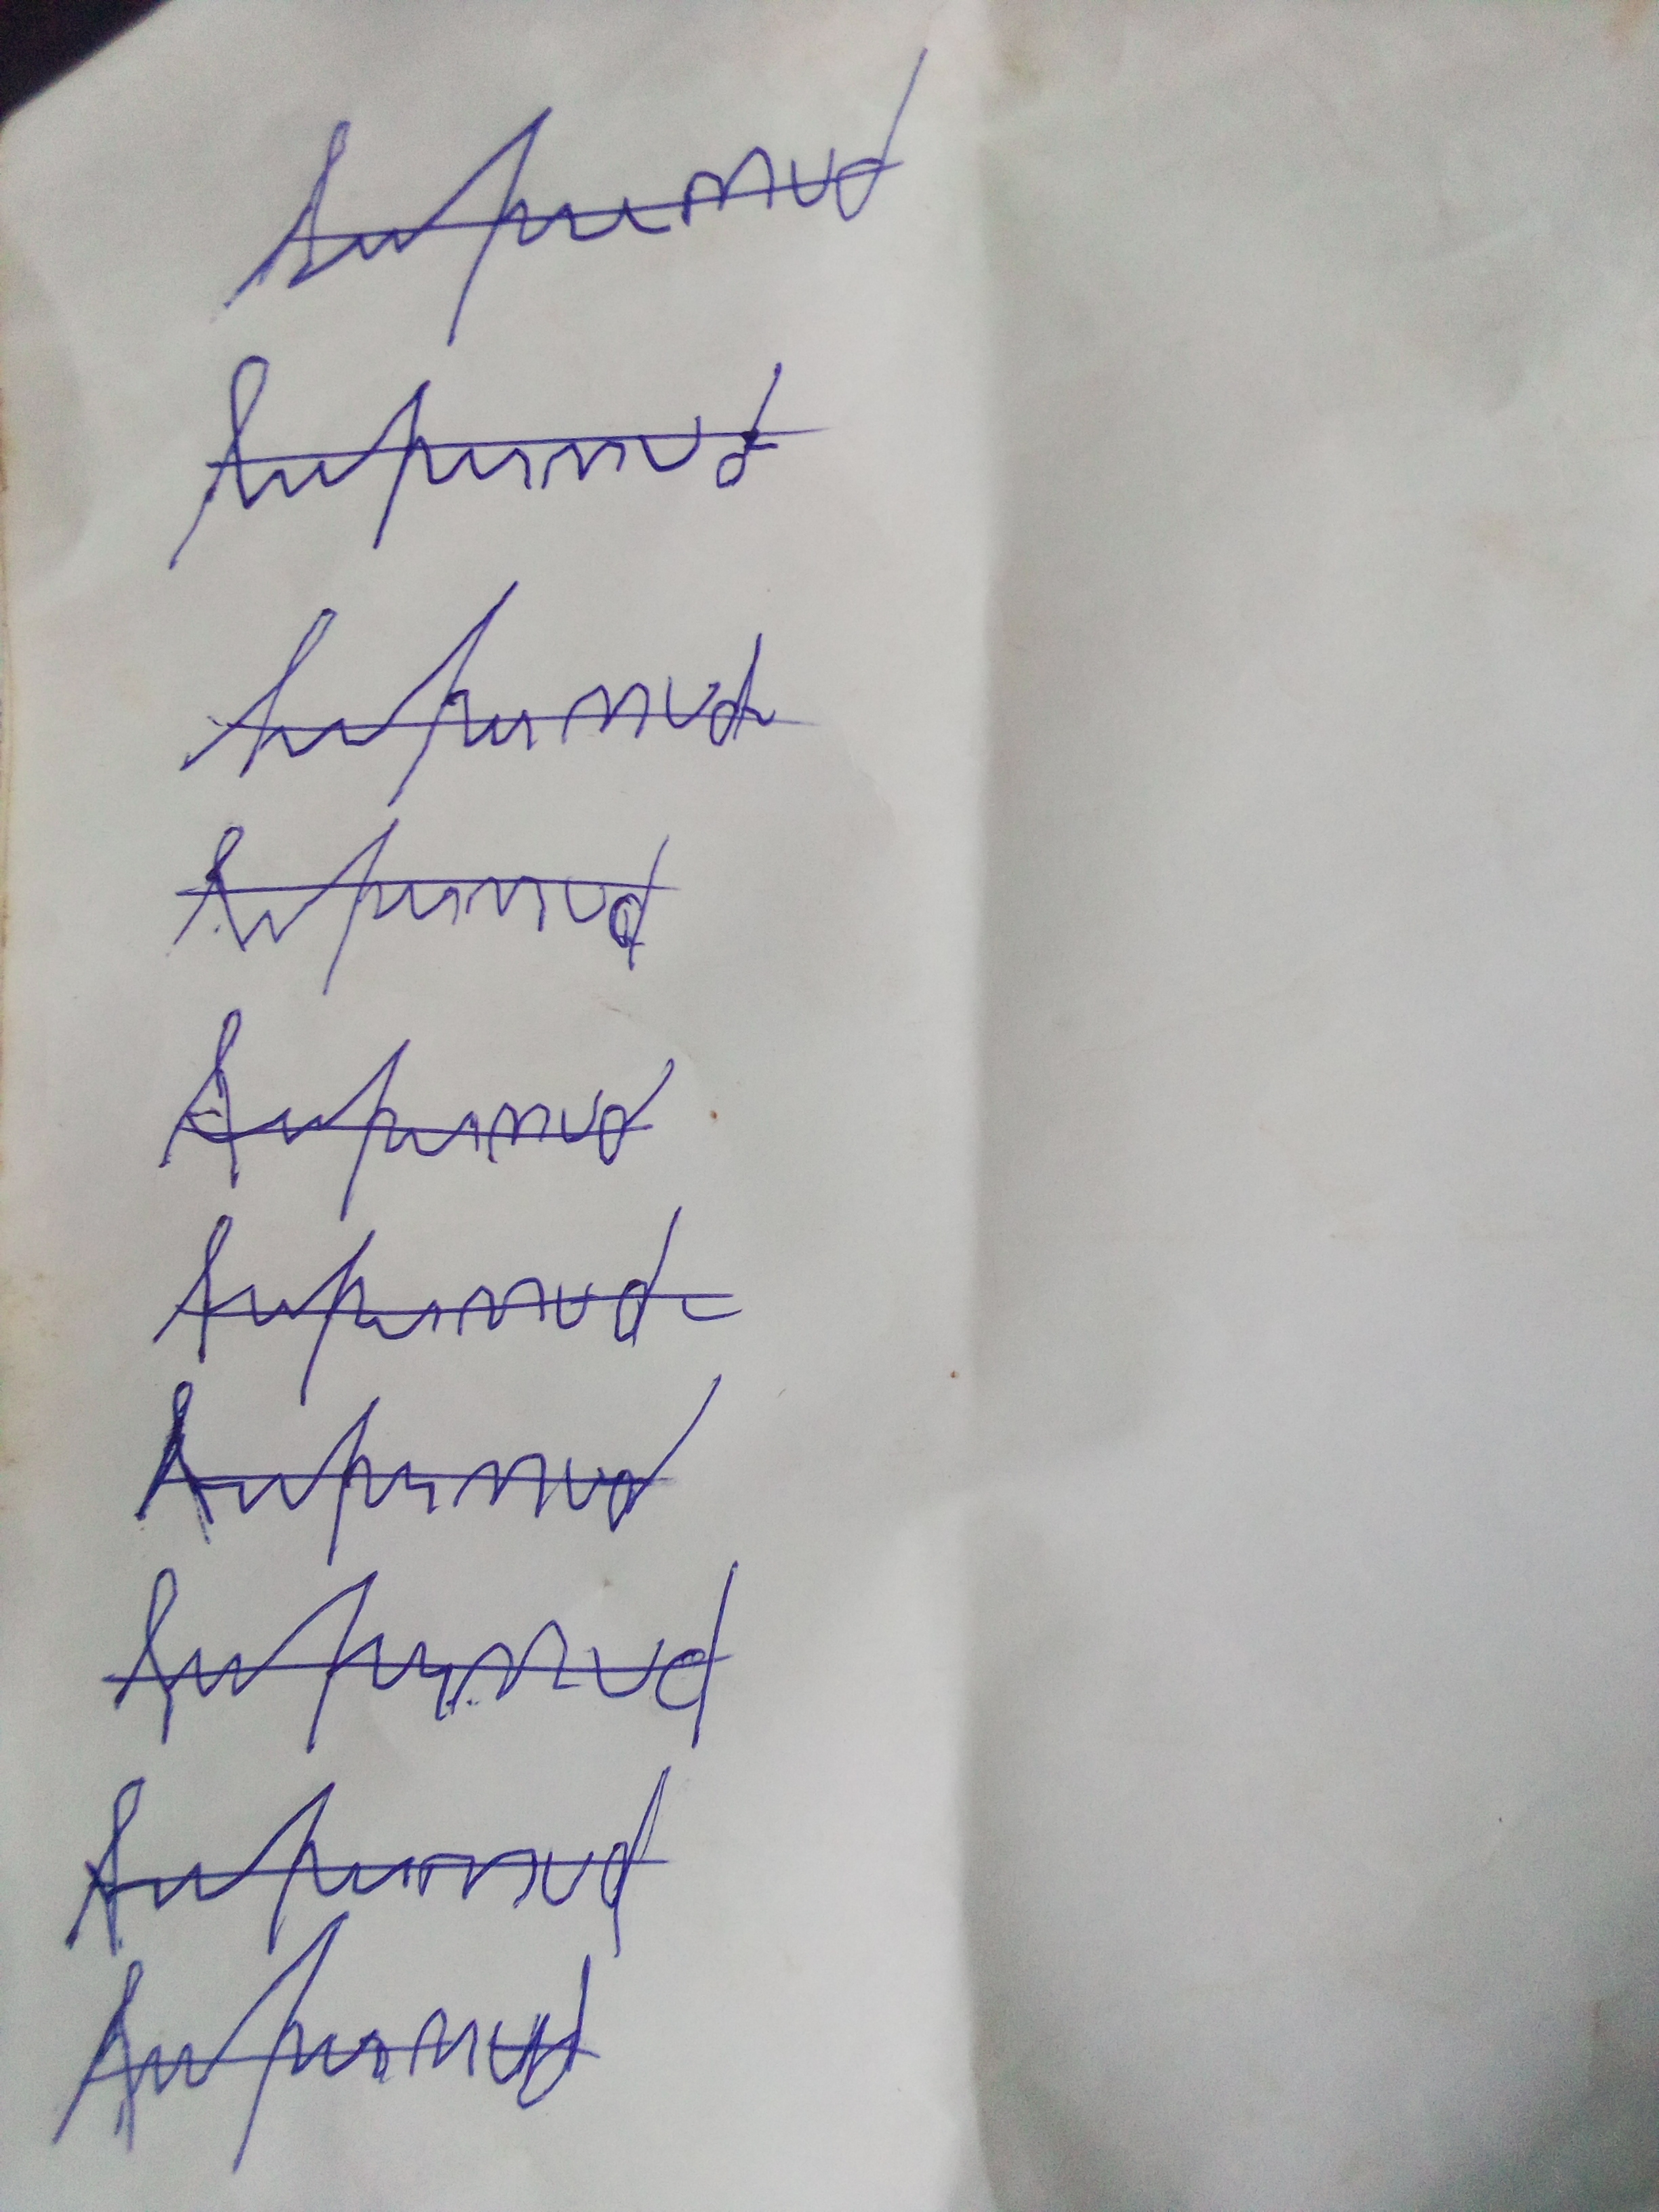
Signature authenticity: forged